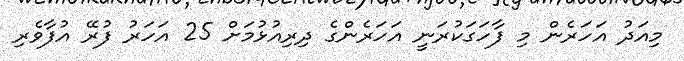
މިއަދު އަހަރެން މި ފާހަގަކުރަނީ އަހަރެންގެ ދިރިއުޅުމަށް 25 އަހަރު ފުރޭ އުފާވެރި